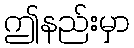
ဤနည်းမှာ